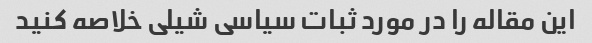
این مقاله را در مورد ثبات سیاسی شیلی خلاصه کنید